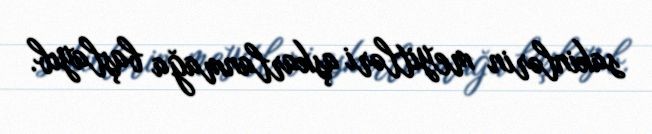
sakinlərin meyitləri aşkarlanmağa başlayıb.